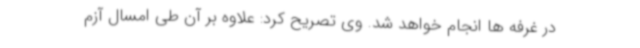
در غرفه ها انجام خواهد شد. وی تصریح کرد: علاوه بر آن طی امسال آزم